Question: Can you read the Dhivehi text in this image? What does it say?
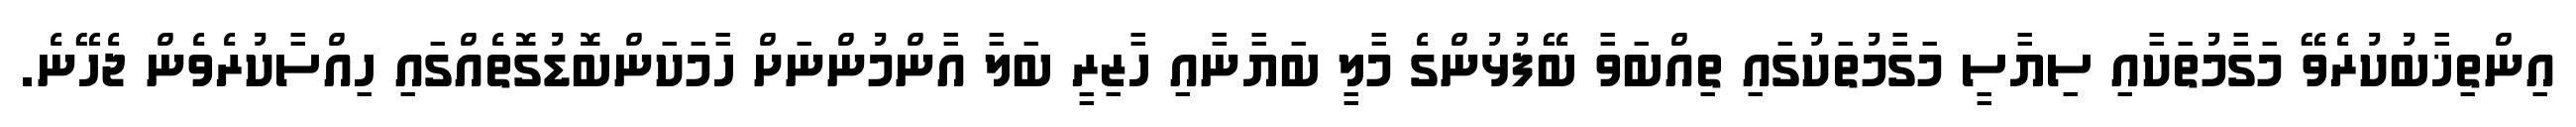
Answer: އިންތިޚާބުކުރެވޭ މަގާމުތަކާއި ސިޔާސީ މަގާމުތަކުގައި ތިއްބަވާ ބޭފުޅުންގެ މާލީ ބަޔާނާއި ހާޒިރީ ބަލާ އާންމުންނަށް ހާމަކަންބޮޑުގޮތެއްގައި ހިއްސާކުރެވެން ޖެހޭނެ.